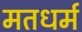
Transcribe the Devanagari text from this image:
मतधर्म